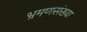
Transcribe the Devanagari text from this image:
भ्रमणसंख्या